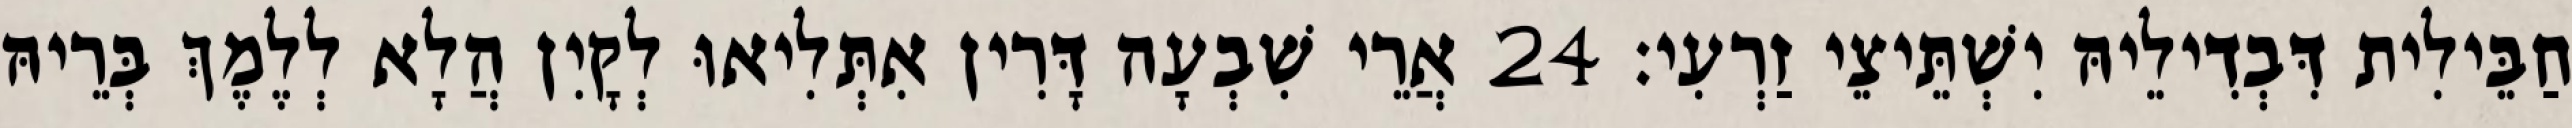
חַבֵּילִית דִּבְדִילֵיהּ יִשְׁתֵּיצֵי זַרְעִי׃ 24 אֲרֵי שִׁבְעָה דָּרִין אִתְּלִיאוּ לְקָיִן הֲלָא לְלֶמֶךְ בְּרֵיהּ